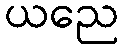
ယညေ